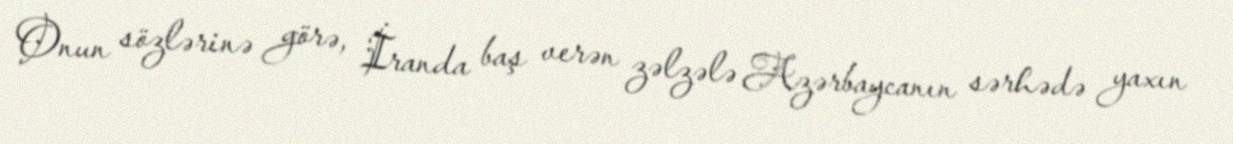
Onun sözlərinə görə, İranda baş verən zəlzələ Azərbaycanın sərhədə yaxın